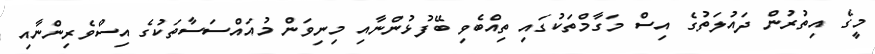
މީގެ އިތުރުން ދައުލަތުގެ އިސް މަގާމްތަކުގައި ތިއްބެވި ބޭފުޅުންނާއި މިނިވަން މުއައްސަސާތަކުގެ އިސްވެރިންނާއި